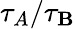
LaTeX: {\tau_{A}}/{\tau_{\mathbf{B}}}